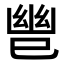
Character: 𫶹